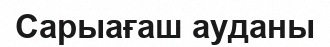
Сарыағаш ауданы